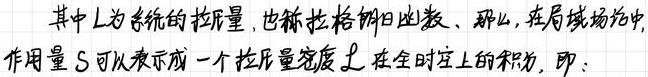
其中$L$为系统的拉氏量, 也称拉格朗日函数. 那么, 在局域场论中, 作用量$S$可以表示成一个拉氏量密度$\mathcal{L}$在全时空上的积分为, 即: